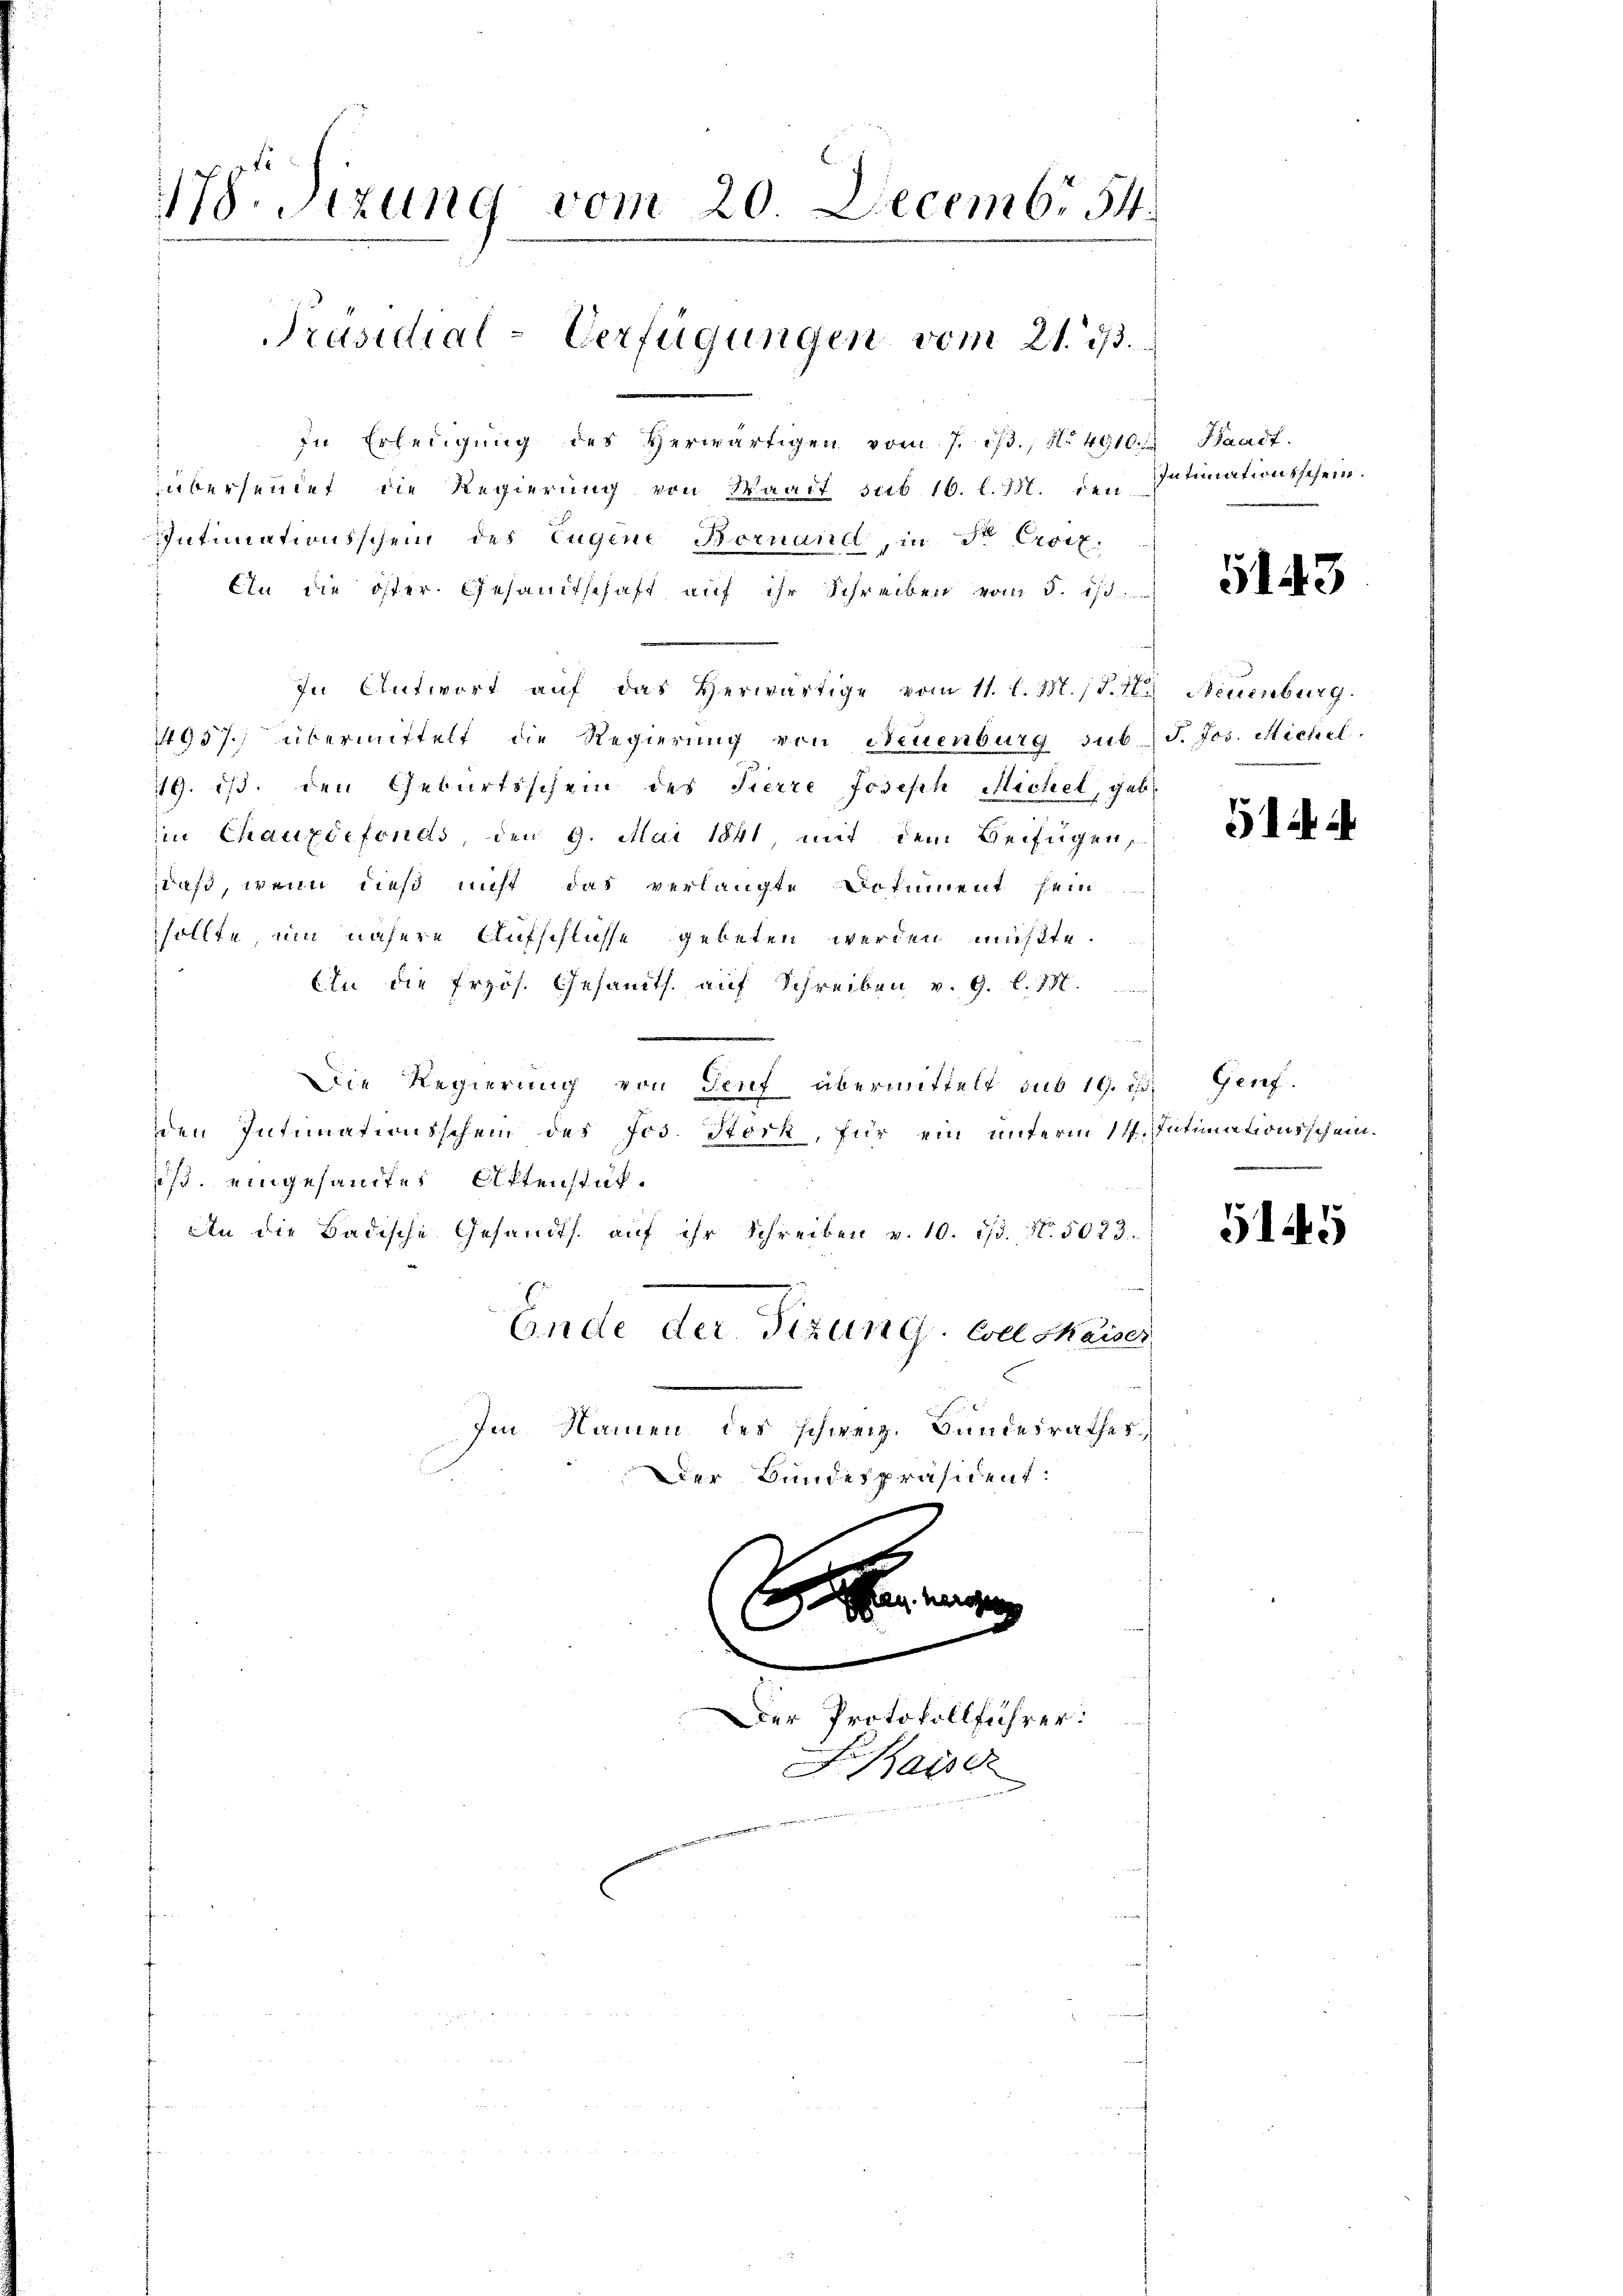
78. Sizung vom 20. Decembr 54
Präsidial-Verfügungen vom 21. 33.

In Erledigŭng des Verwärtigen vom 7. dβ. No 4910. Waadt.
übersendet, die Regierung von Waadt sub. 16. l. M. den Intimationsschein.
Intimationsschein des Eugene Bornard, in der Crott
Ein die öster Gesandtschaft auf ihr Schreiben vom 5. ds.
In Antwort aŭf das herwärtige vom 11. l. M. D. R. Neuenburg.
1937.) übermittelt die Regierung von Neuenburg sub. J. Jos. Michel
19. ds. den Geburtsschein des Tierre Joseph Michel, geb.
in Chauxdefonds, den 9. Mai 1841, mit dem Beifügen,
daß, wenn dieß nicht das verlangte Dokument sein
sollte, um nähere Aufschlusse gebeten werden müßte.
Ein die frzös. Gesamts. auf Schreiben v. 9. l. 311.
Die Regierŭng von Genf übermittelt aus 19. d. Genf.
den Intimationsschein des Jos. Stork, für ein unterm 14. Intimationsschein.
fd. eingesandtes Aktenstüt¬
An die Badische Gesandts. aŭf ihr Schreiben v. 10. 1/3. No. 5023.
Ende der Sizung. Coll Maises
Im Namen des schweiz. Bundesrathes
Der Bundespräsident:

Der Protokollführer:
F. Kaiser

5143

51. 24.

e

5145